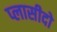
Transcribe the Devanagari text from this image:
प्लासीदो